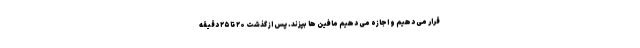
قرار می دهیم و اجازه می دهیم مافین ها بپزند. پس از گذشت ۲۰ تا ۲۵ دقیقه